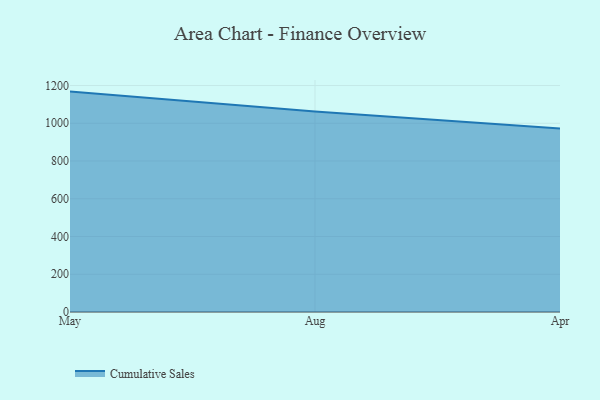
{"axis": {"x": "Month", "y": "Gross Profit (USD K)"}, "legend": ["Cumulative Sales"], "data": [{"x": "May", "y": 1167.8, "type": "Cumulative Sales"}, {"x": "Aug", "y": 1062.8, "type": "Cumulative Sales"}, {"x": "Apr", "y": 972.0, "type": "Cumulative Sales"}]}